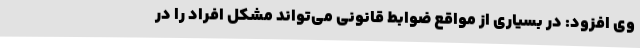
وی افزود: در بسیاری از مواقع ضوابط قانونی می‌تواند مشکل افراد را در